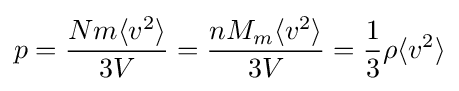
p={\frac {Nm\langle v^{2}\rangle }{3V}}={\frac {nM_{m}\langle v^{2}\rangle }{3V}}={\frac {1}{3}}\rho \langle v^{2}\rangle